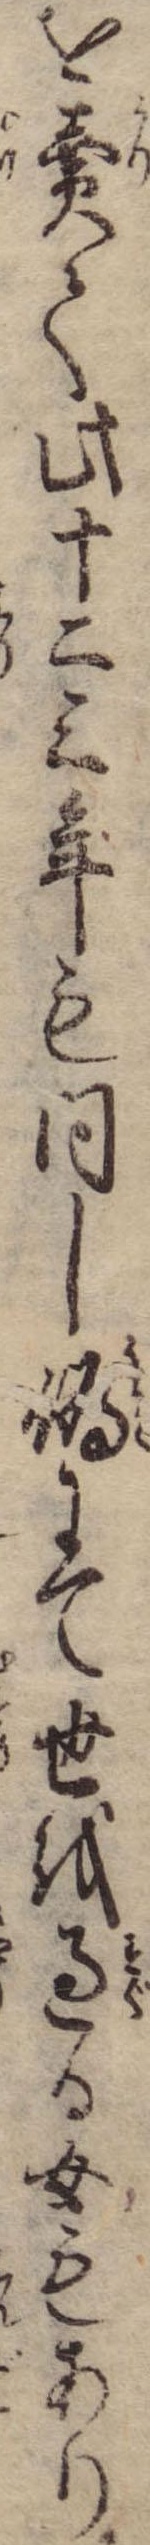
を売て此十二三年も同し偽にて世を過る女もあり